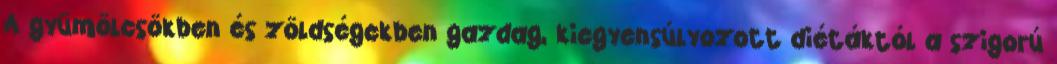
A gyümölcsökben és zöldségekben gazdag, kiegyensúlyozott diétáktól a szigorú